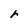
Character: r